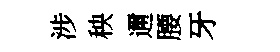
涉秧邇腰牙